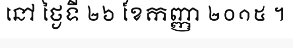
នៅ ថ្ងៃទី ២៦ ខែកញ្ញា ២០១៥ ។